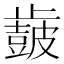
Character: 𣦩